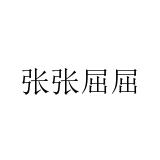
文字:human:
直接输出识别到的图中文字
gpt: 张张屈屈